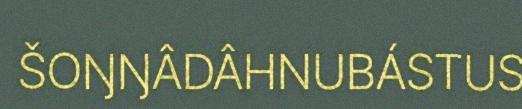
ŠOŊŊÂDÂHNUBÁSTUS